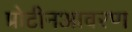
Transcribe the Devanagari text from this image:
प्रोटीनआवरण